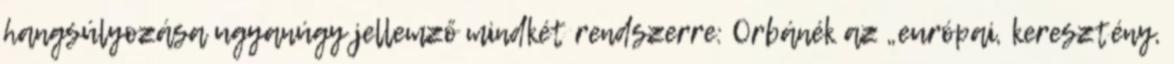
hangsúlyozása ugyanúgy jellemző mindkét rendszerre: Orbánék az „európai, keresztény,